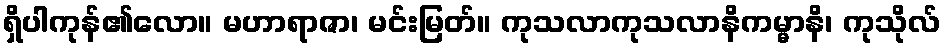
ရှိပါကုန်၏လော။ မဟာရာဇာ၊ မင်းမြတ်။ ကုသလာကုသလာနိကမ္မာနိ၊ ကုသိုလ်